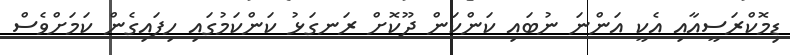
ޑިމޮކްރަސީއާއި އެކީ އަންނަ ނުބައި ކަންކަން ދޫކޮށް ރަނގަޅު ކަންކަމުގައި ހިފައިގެން ކަމަށްވެސް